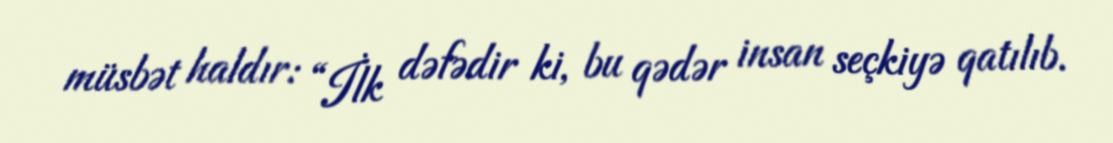
müsbət haldır: “İlk dəfədir ki, bu qədər insan seçkiyə qatılıb.